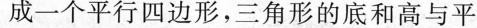
成一个平行四边形，三角形的底和高与平